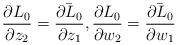
LaTeX: \begin{align*}\frac{\partial L_0}{\partial z_2}=\bar{\frac{\partial L_0}{\partial z_1}},\frac{\partial L_0}{\partial w_2}=\bar{\frac{\partial L_0}{\partial w_1}}\end{align*}